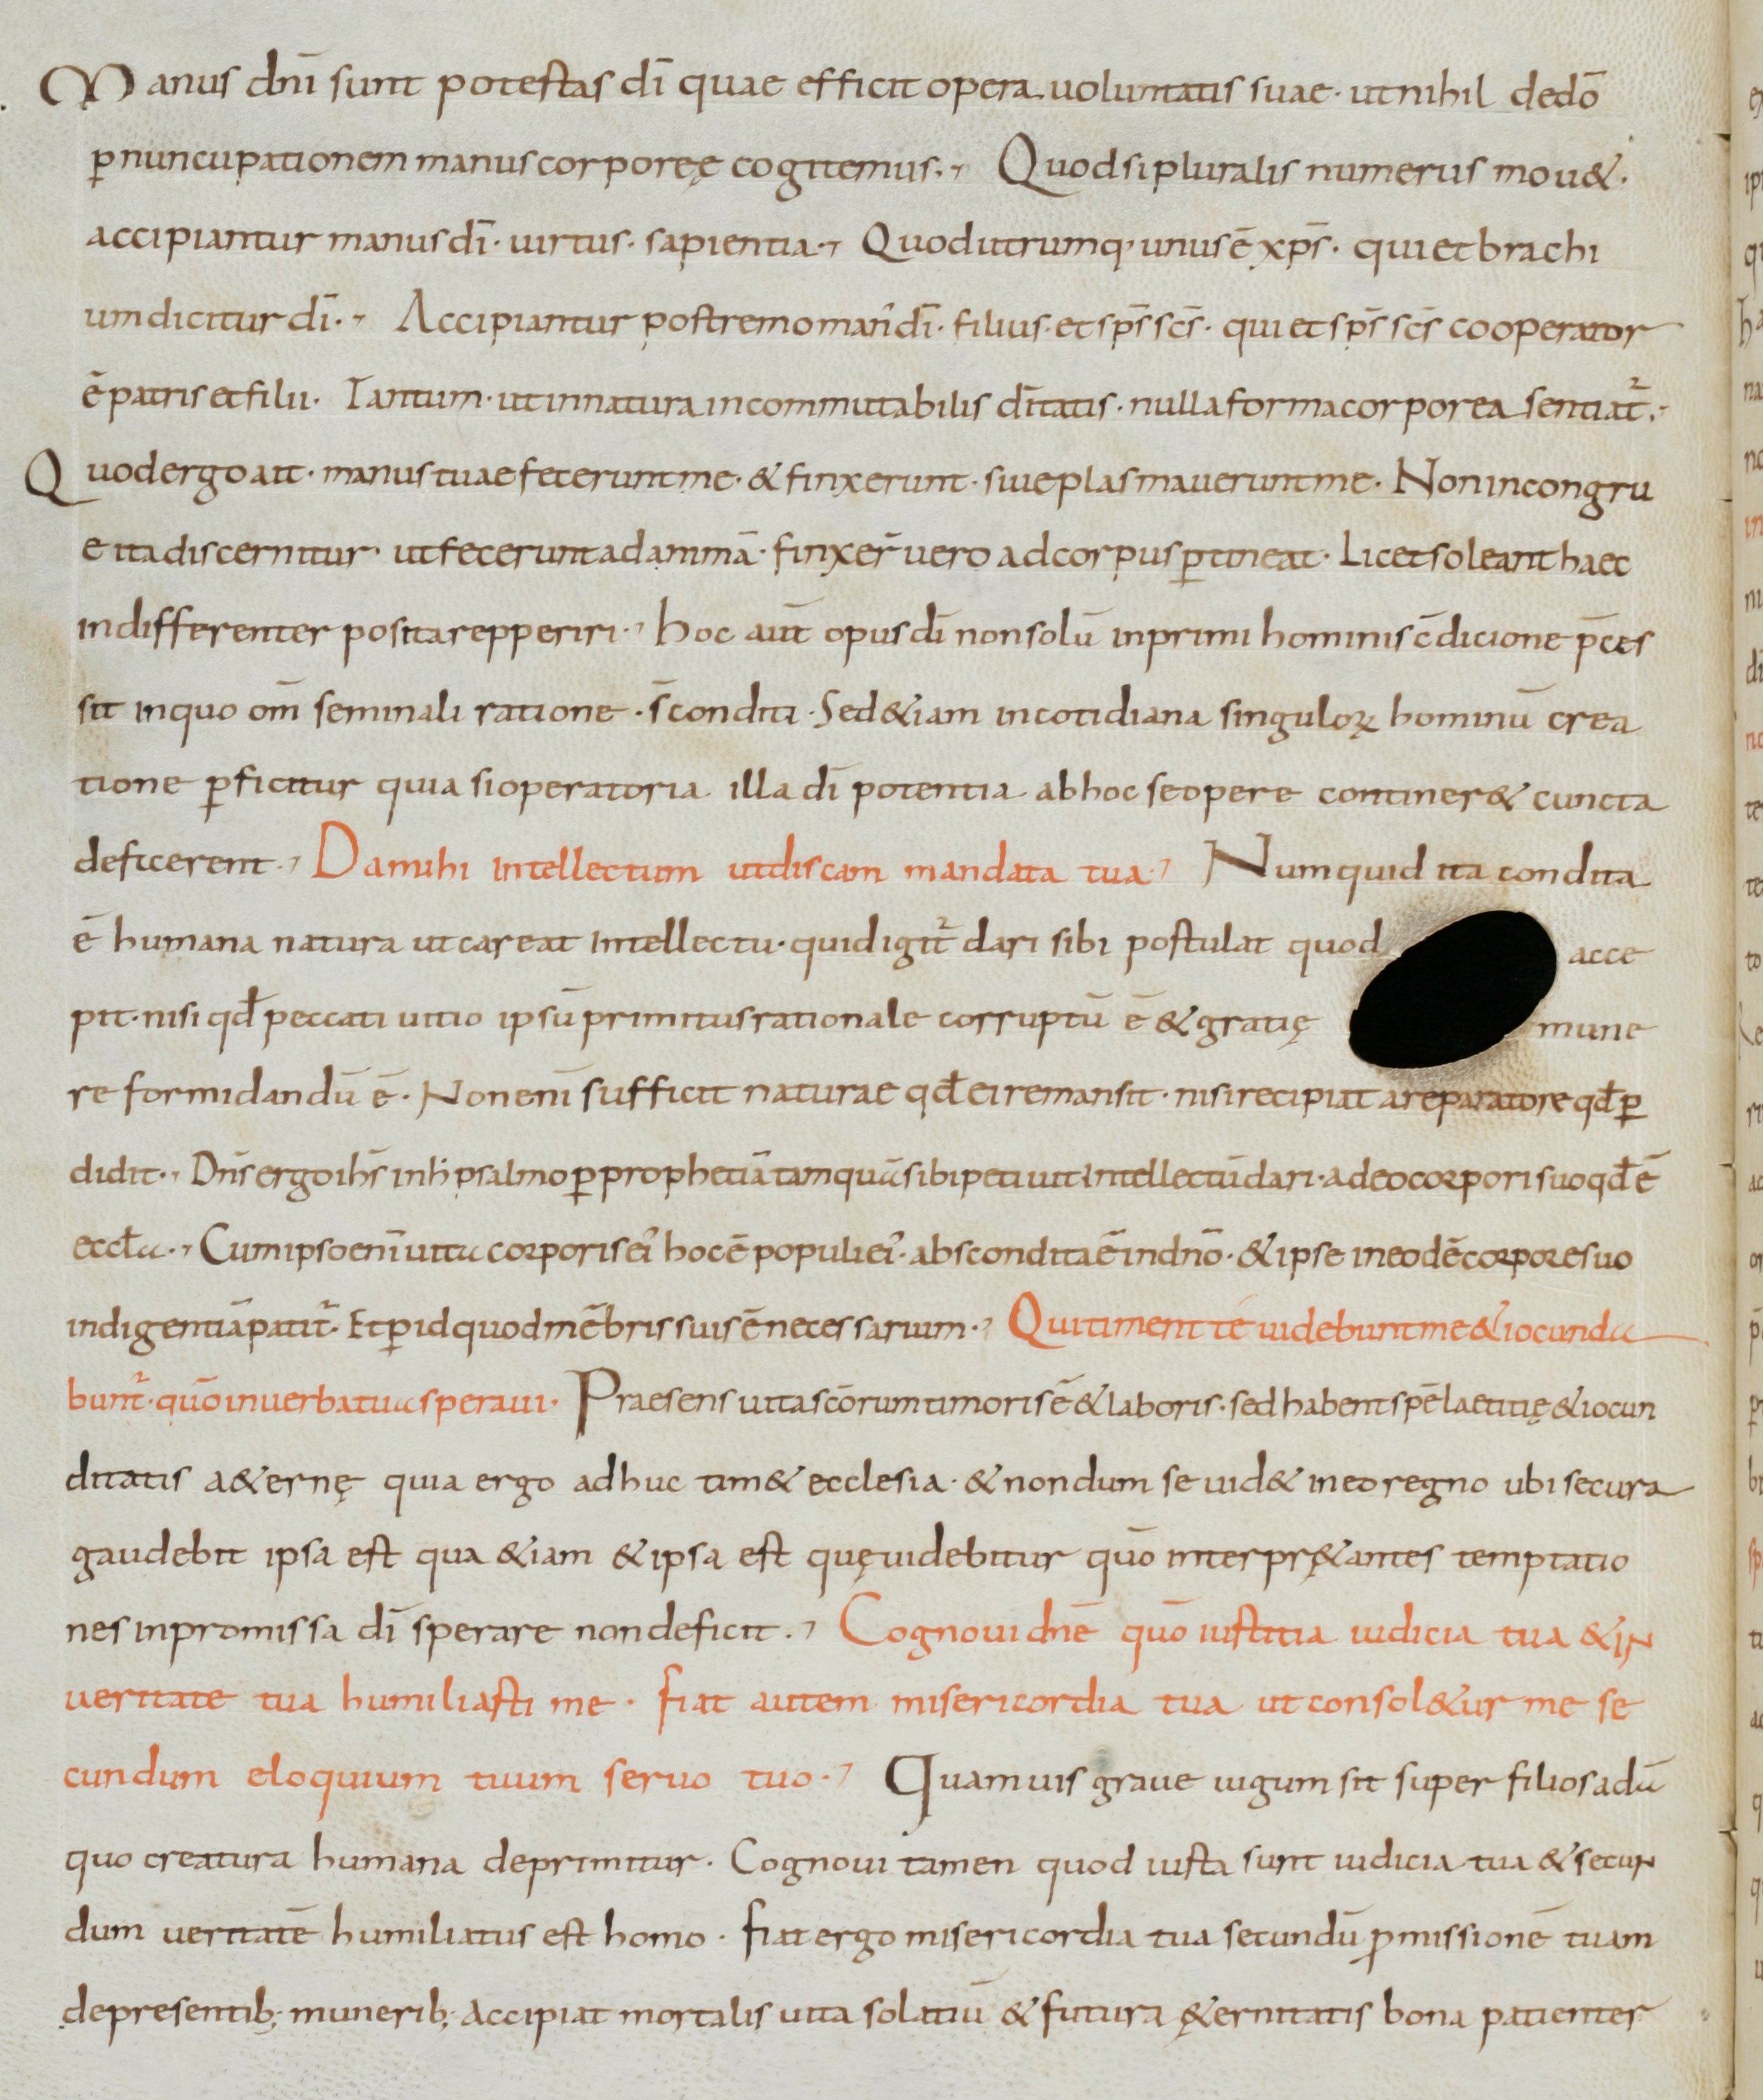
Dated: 900–1099